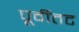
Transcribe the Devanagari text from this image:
पूर्वीतट